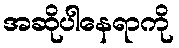
အဆိုပါနေရာကို